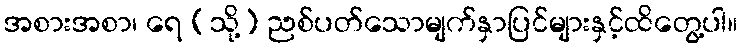
အစားအစာ၊ ရေ (သို့) ညစ်ပတ်သောမျက်နှာပြင်များနှင့်ထိတွေ့ပါ။